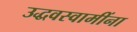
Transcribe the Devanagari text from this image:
उद्धवस्वामींना